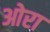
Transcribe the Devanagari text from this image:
ओरा